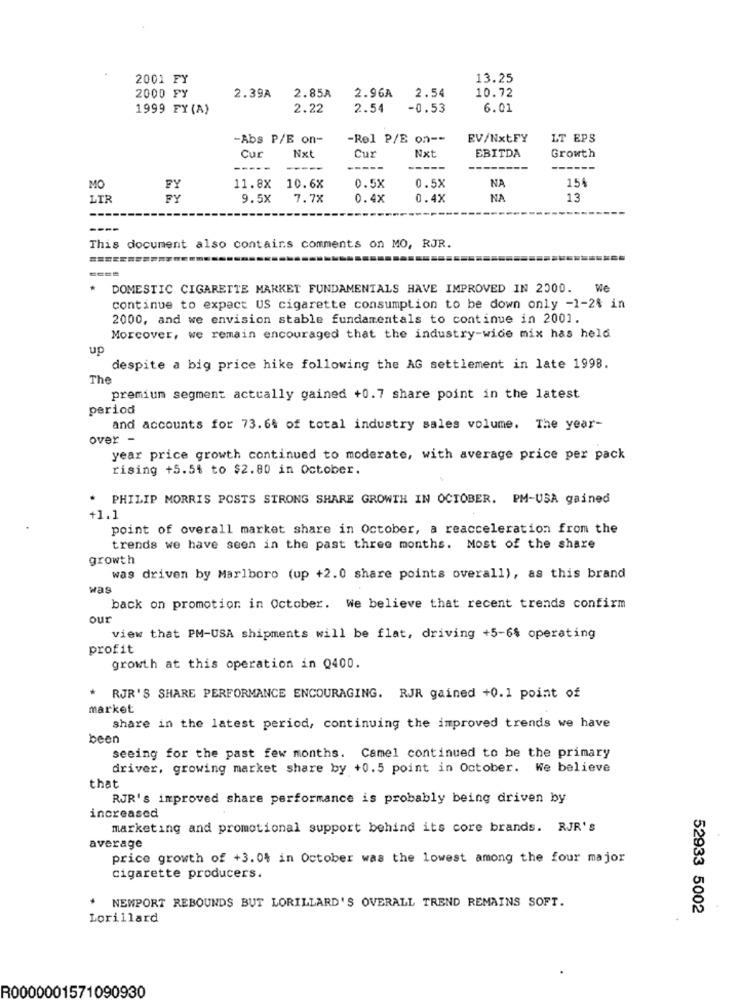
2001 FY
13.25
2000 FY
2.85A
10.72
2.39A
2.96A 2.54
1999 FY (A)
2.22
2.54
-0.53
6.01
-Abs P/E on-
-Rel P/E on ==
EV/NxtFY
LT EPS
EBITDA
Cur
Nxt
Cur
Nxt
Growth
-----
-----
-----
15
MO
FY
11.8X
10.6%
0.5X
0.5X
NA
LIR
BY
9.5X
7.7x
0.4X
0.4X
NA
13
This document also contains comments on MO, RJR.
DOMESTIC CIGARETTE MARKET FUNDAMENTALS HAVE IMPROVED IN 2000. We
continue to expect US cigarette consumption to be down only -1-2% in
2000, and we envision stable fundamentals to continue in 2001.
Morcover, we remain encouraged that the industry-wide mix has held
up
despite a big price hike following the AG settlement in late 1998.
The
premium segment actually gained +0.7 share point in the latest
period
and accounts for 73.6% of total industry sales volume. The year-
over -
year price growth continued to moderate, with average price per pack
rising +5.5% to $2.80 in October.
. PHILIP MORRIS POSTS STRONG SHARE GROWTH IN OCTOBER. PM-USA gained
+1.1
point of overall market share in October, a reacceleration from the
trends we have seen in the past three months. Most of the share
growth
was driven by Marlboro (up +2.0 share points overall), as this brand
was
back on promotion in October. We believe that recent trends confirm
our
view that PM-USA shipments will be flat, driving +5-6$ operating
profit
growth at this operation in Q400.
RJR'S SHARE PERFORMANCE ENCOURAGING. RJR gained +0.1 point of
market
share in the latest period, continuing the improved trends we have
been
seeing for the past few months. Camel continued to be the primary
driver, growing market share by +0.5 point in October. We believe
that
RJR's improved share performance is probably being driven by
increased
marketing and promotional support behind its core brands. RJR's
average
price growth of +3. 04 in October was the lowest among the four major
cigarette producers.
* NEWPORT REBOUNDS BUT LORILLARD'S OVERALL TREND REMAINS SOFT.
52933 5002
Lorillard
R0000001571090930